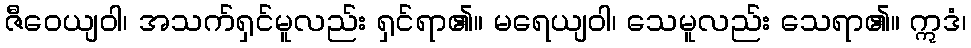
ဇီဝေယျဝါ၊ အသက်ရှင်မူလည်း ရှင်ရာ၏။ မရေယျဝါ၊ သေမူလည်း သေရာ၏။ ဣဒံ၊